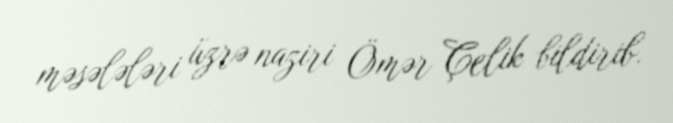
məsələləri üzrə naziri Ömər Çelik bildirib.